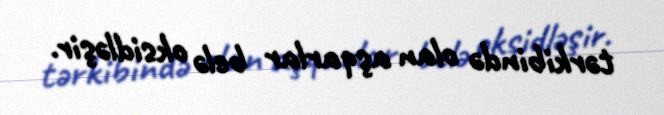
tərkibində olan aşqarlar belə oksidləşir.